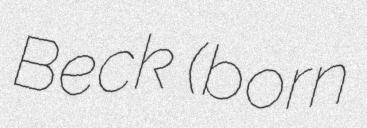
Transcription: Beck (born